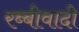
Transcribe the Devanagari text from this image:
रब्बीवादी